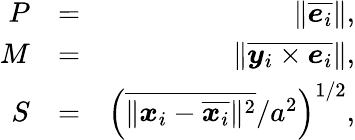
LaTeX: \begin{array}{rlr}{P}&{=}&{\| \overline{{\boldsymbol{e}_{i}}}\| ,}\\ {M}&{=}&{\| \overline{{\boldsymbol{y}_{i}\times\boldsymbol{e}_{i}}}\| ,}\\ {S}&{=}&{\left(\overline{{\| \boldsymbol{x}_{i}-\overline{{\boldsymbol{x}_{i}}}\| ^{2}}}/a^{2}\right)^{1/2},}\end{array}